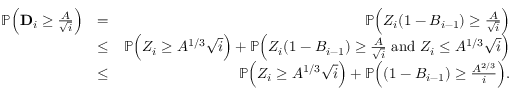
\begin{array} { r l r } { \mathbb P \Big ( \mathbf { D } _ { i } \geq \frac { A } { \sqrt { i } } \Big ) } & { = } & { \mathbb P \Big ( Z _ { i } ( 1 - B _ { i - 1 } ) \geq \frac { A } { \sqrt { i } } \Big ) } \\ & { \leq } & { \mathbb P \Big ( Z _ { i } \geq A ^ { 1 / 3 } \sqrt { i } \Big ) + \mathbb P \Big ( Z _ { i } ( 1 - B _ { i - 1 } ) \geq \frac { A } { \sqrt { i } } \mathrm { ~ a n d ~ } Z _ { i } \leq A ^ { 1 / 3 } \sqrt { i } \Big ) } \\ & { \leq } & { \mathbb P \Big ( Z _ { i } \geq A ^ { 1 / 3 } \sqrt { i } \Big ) + \mathbb P \Big ( ( 1 - B _ { i - 1 } ) \geq \frac { A ^ { 2 / 3 } } { i } \Big ) . } \end{array}